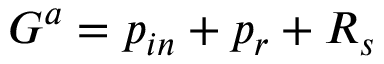
G ^ { a } = p _ { i n } + p _ { r } + R _ { s }